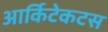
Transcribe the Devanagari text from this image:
आर्किटेकटस